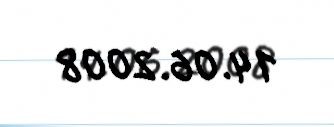
14.06.2008